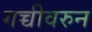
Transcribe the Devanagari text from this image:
गच्चीवरुन